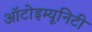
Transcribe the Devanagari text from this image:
ऑटोइम्यूनिटी